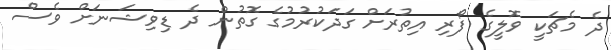
ދެ މެޗަކީ ވޮލީގެ ފޯރި އިތުރަށް ގަދަކުރުމުގެ ގޮތުން ދެ ޑިވިޝަނަށް ވެސް